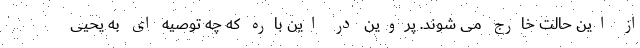
از این حالت خارج می شوند. پروین در این باره که چه توصیه ای به یحیی